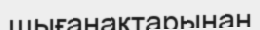
шығанақтарынан